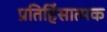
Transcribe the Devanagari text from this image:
प्रतिहिंसात्मक